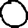
Digit: 0